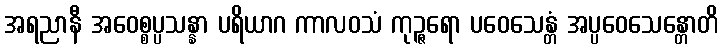
အရညာနီ အဝေစ္စပ္ပသန္နာ ပရိယာဂ ကာလဝသံ ကုဉ္ဇရော ပဝေသေန္တံ အပ္ပဝေသေန္တောတိ